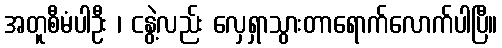
အတူစီမံပါဦး ၊ ငနွဲ့လည်း လှေရှာသွားတာရောက်လောက်ပါပြီ။